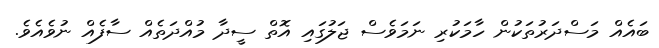
ބައެއް މަސްދަރުތަކުން ހާމަކުރި ނަމަވެސް ޖަލުގައި އޮތް ސީދާ މުއްދަތެއް ސާފެއް ނުވެއެވެ.